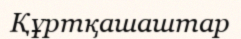
Құртқашаштар